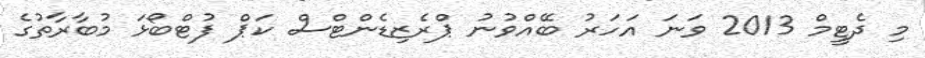
މި ދެޓީމް 2013 ވަނަ އަހަރު ބޭއްވުނު ޕްރެޒިޑެންޓްސް ކަޕް ފުޓްބޯޅަ މުބާރާތުގެ